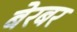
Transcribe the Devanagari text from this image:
बेरबर